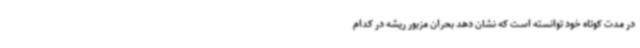
در مدت کوتاه خود توانسته است که نشان دهد بحران مزبور ریشه در کدام